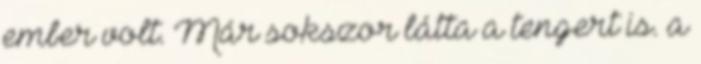
ember volt. Már sokszor látta a tengert is. a